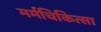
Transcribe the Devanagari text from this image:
मर्मचिकित्सा